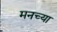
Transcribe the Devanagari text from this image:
मनच्या